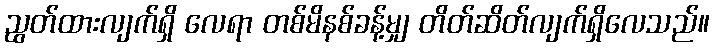
ညွတ်ထားလျက်ရှိ လေရာ တစ်မိနစ်ခန့်မျှ တိတ်ဆိတ်လျက်ရှိလေသည်။